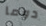
دوما